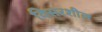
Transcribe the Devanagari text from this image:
विसरशील